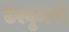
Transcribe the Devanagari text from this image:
टरबुजाचे